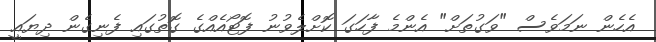
އެހެން ނަމަވެސް "ވަގުތަށް" އެންމެ ފާހަގަ ކޮށްލެވުނު ފޮޓޯއެއްގެ ގޮތުގައި ފެނިގެން ދިޔައީ